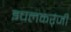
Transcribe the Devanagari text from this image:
इचलकर्ंजी